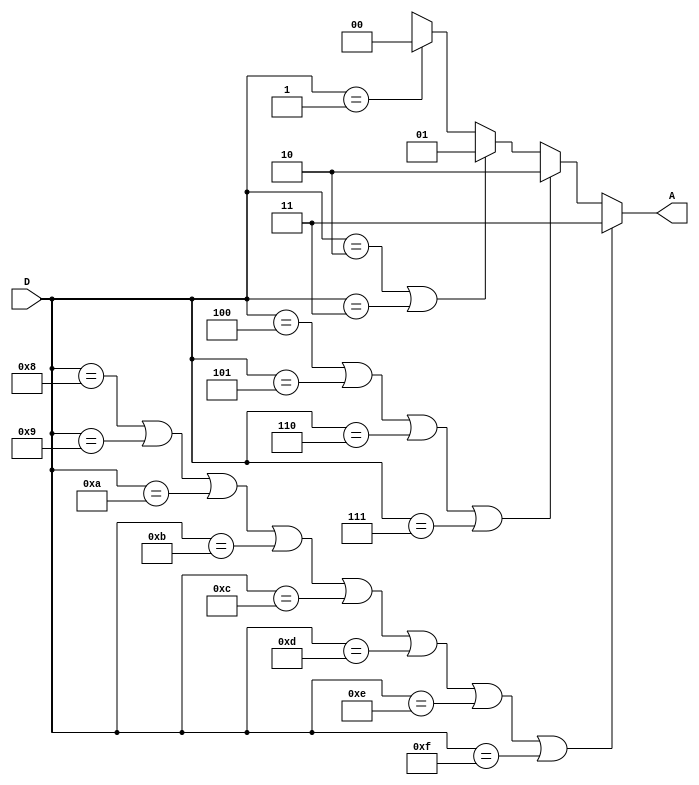
module Encoder_method1(D,A);
	input [3:0] D;
	output reg [1:0] A;
	
	always @(*)
	begin
		if((D == 4'b1000)||(D == 4'b1001)||(D == 4'b1010)||(D == 4'b1011)||(D == 4'b1100)||(D == 4'b1101)||(D == 4'b1110)||(D == 4'b1111))
			A = 2'b11;
		else if((D == 4'b0100)||(D == 4'b0101)||(D == 4'b0110)||(D == 4'b0111))
			A = 2'b10;
		else if((D == 4'b0010)||(D == 4'b0011))
			A = 2'b01;
		else if(D == 4'b0001)
			A = 2'b00;
		else //default
			A = 2'bxx;		
	
	end 
	
endmodule